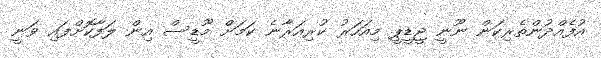
އުފެއްދުންތެރިކަން ނޫނީ ޖީޑީޕީ މިއަހަރު ކުރިއަރާނެ ކަމަށް މޫޑީސް އިން ލަފާކޮށްފައި ވަނީ